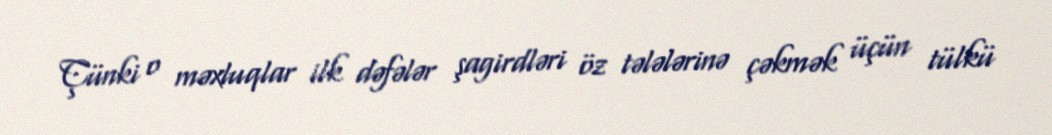
Çünki o məxluqlar ilk dəfələr şagirdləri öz tələlərinə çəkmək üçün tülkü